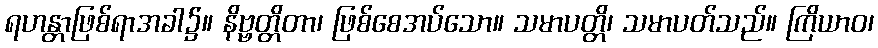
ရဟန္တာဖြစ်ရာအခါ၌။ နိဗ္ဗတ္တိတာ၊ ဖြစ်စေအပ်သော။ သမာပတ္တိ၊ သမာပတ်သည်။ ကြိယာဝ၊